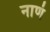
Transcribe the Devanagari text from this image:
नाणं